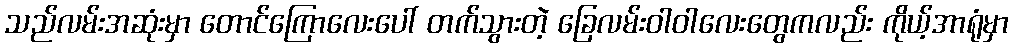
သည်လမ်းအဆုံးမှာ တောင်ကြောလေးပေါ် တက်သွားတဲ့ ခြေလမ်းဝါဝါလေးတွေကလည်း ကိုယ့်အာရုံမှာ